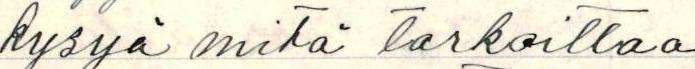
kysyä mitä tarkoittaa